Vaccination in Burma 1900-1911 - 1900-1911
Year: 1900
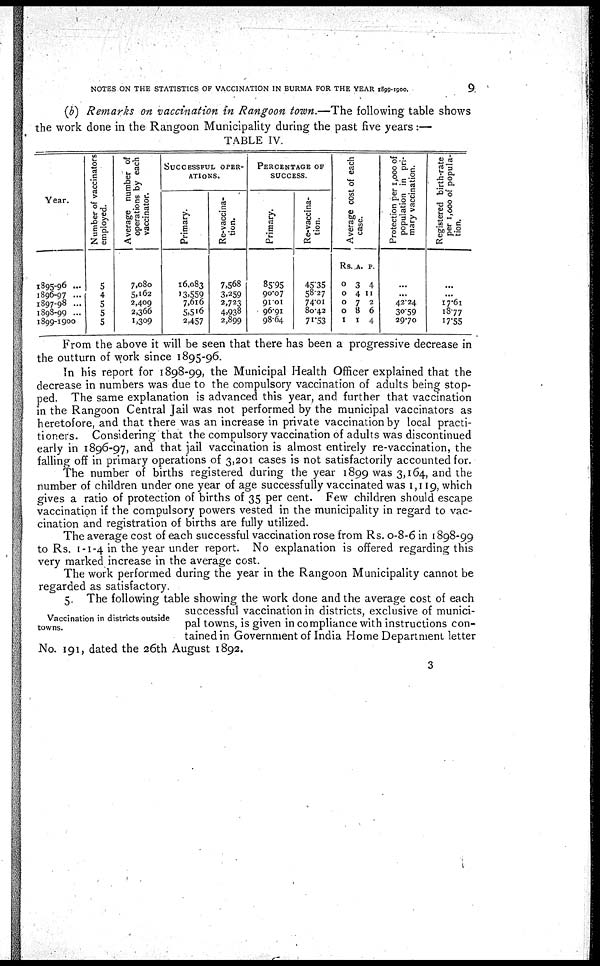
NOTES ON THE STATISTICS OF VACCINATION IN BURMA FOR THE YEAR 1899-1900.
9
(b) Remarks on vaccination in Rangoon town.—The following table shows
the work done in the Rangoon Municipality during the past five years:—
TABLE IV.
Year.
1895-96 ...
1896-97 ...
1897-98 ...
1898-99 ...
1899-1900
Number of vaccinators
employed.
5
4
5
5
5
Average number of
operations by each
vaccinator.
7,080
5,162
2,409
2,366
1,309
SUCCESSFUL OPER-
------.
Primary.
16,083
13,559
7,616
5,516
2,457
Re-vaccina-
tion.
7,568
3,259
2,723
4,938
2,899
PERCENTAGE OF
SUCCESS.
Primary.
85.95
90.07
91.01
96.91
98.64
Re-vaccina-
tion.
45.35
58.27
74.01
80.42
71.53
Average cost of each
case.
Rs.
0
0
0
0
1
A.
3
4
7
8
1
P.
4
11
2
6
4
Protection per 1,000 of
population in pri-
mary vaccination.
...
...
42.24
30.59
29.70
Registered birth-rate
per 1,000 of popula-
tion.
...
...
17.61
18.77
17.55
From the above it will be seen that there has been a progressive decrease in
the outturn of work since 1895-96.
In his report for 1898-99, the Municipal Health Officer explained that the
decrease in numbers was due to the compulsory vaccination of adults being stop-
ped. The same explanation is advanced this year, and further that vaccination
in the Rangoon Central Jail was not performed by the municipal vaccinators as
heretofore, and that there was an increase in private vaccination by local practi-
tioners. Considering that the compulsory vaccination of adults was discontinued
early in 1896-97, and that jail vaccination is almost entirely re-vaccination, the
falling off in primary operations of 3,201 cases is not satisfactorily accounted for.
The number of births registered during the year 1899 was 3,164, and the
number of children under one year of age successfully vaccinated was 1,119, which
gives a ratio of protection of births of 35 per cent. Few children should escape
vaccination if the compulsory powers vested in the municipality in regard to vac-
cination and registration of births are fully utilized.
The average cost of each successful vaccination rose from Rs. 0-8-6 in 1898-99
to Rs. 1-1-4 in the year under report. No explanation is offered regarding this
very marked increase in the average cost.
The work performed during the year in the Rangoon Municipality cannot be
regarded as satisfactory.
Vaccination in districts outside
towns.
5. The following table showing the work done and the average cost of each
successful vaccination in districts, exclusive of munici-
pal towns, is given in compliance with instructions con-
tained in Government of India Home Department letter
No. 191, dated the 26th August 1892.
3